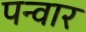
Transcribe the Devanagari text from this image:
पन्वार